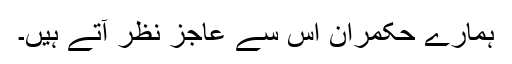
ہمارے حکمران اس سے عاجز نظر آتے ہیں۔